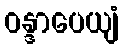
ဝန္ဒာပေယျံ